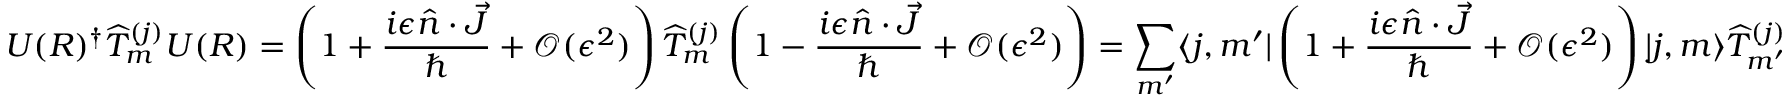
U ( R ) ^ { \dagger } { \widehat { T } } _ { m } ^ { ( j ) } U ( R ) = \left( 1 + { \frac { i \epsilon { \hat { n } } \cdot { \vec { J } } } { \hbar } } + { \mathcal { O } } ( \epsilon ^ { 2 } ) \right) { \widehat { T } } _ { m } ^ { ( j ) } \left( 1 - { \frac { i \epsilon { \hat { n } } \cdot { \vec { J } } } { \hbar } } + { \mathcal { O } } ( \epsilon ^ { 2 } ) \right) = \sum _ { m ^ { \prime } } \langle j , m ^ { \prime } | \left( 1 + { \frac { i \epsilon { \hat { n } } \cdot { \vec { J } } } { \hbar } } + { \mathcal { O } } ( \epsilon ^ { 2 } ) \right) | j , m \rangle { \widehat { T } } _ { m ^ { \prime } } ^ { ( j ) }